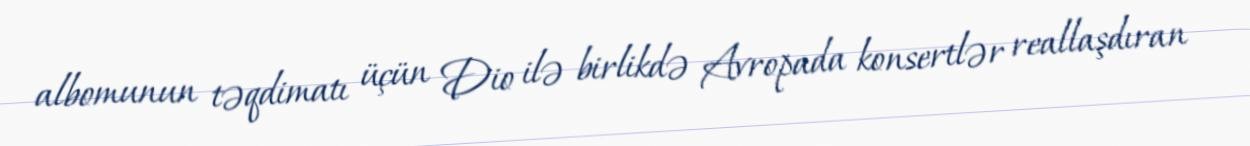
albomunun təqdimatı üçün Dio ilə birlikdə Avropada konsertlər reallaşdıran